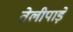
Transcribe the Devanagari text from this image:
तेलीपाड़े